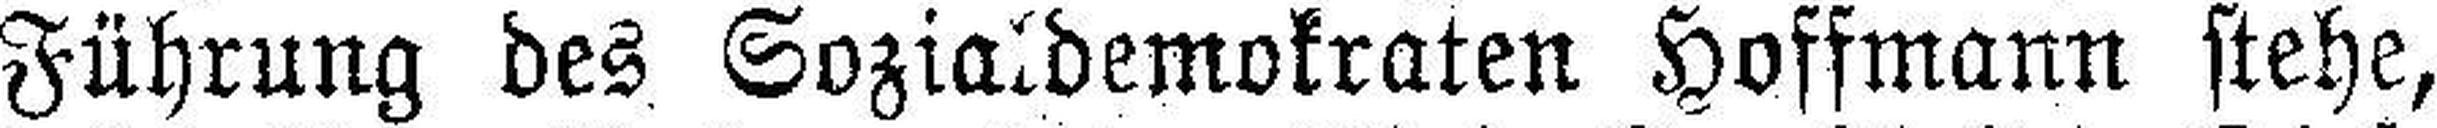
Führung des Sozialdemokraten Hoffmann stehe,